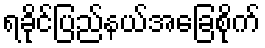
ရခိုင်ပြည်နယ်အခြေစိုက်